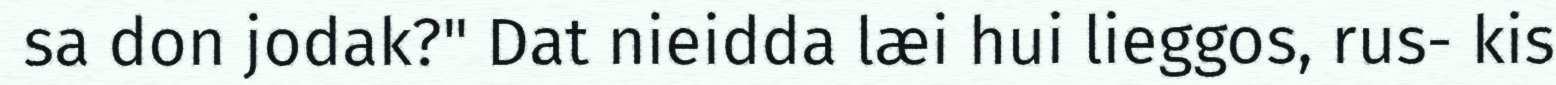
sa don jodak?" Dat nieidda læi hui lieggos, rus- kis